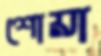
শোয়া